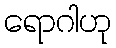
ရောဂါဟု